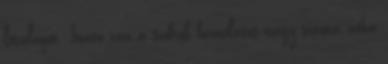
létalapot. Innen van a szobrok bámulatos nagy száma, néha